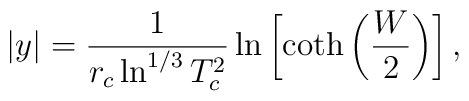
|y|=\frac{1}{r_c\ln^{1/3}T_c^2}\ln\left[\coth\left(\frac{W}{2}\right)\right] ,